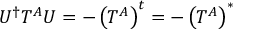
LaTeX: U ^ { \dagger } T ^ { A } U = - \left( T ^ { A } \right) ^ { t } = - \left( T ^ { A } \right) ^ { * }